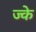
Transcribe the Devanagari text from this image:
ज्के